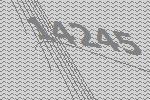
14245